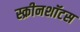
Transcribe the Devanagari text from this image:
स्क्रीनशॉटस